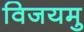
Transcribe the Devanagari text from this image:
विजयमु